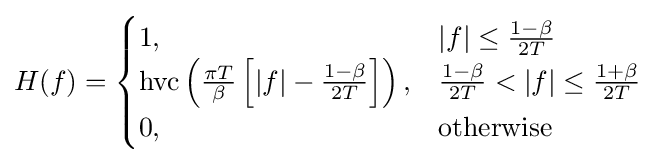
H(f)={\begin{cases}1,&|f|\leq {\frac {1-\beta }{2T}}\\\operatorname {hvc} \left({\frac {\pi T}{\beta }}\left[|f|-{\frac {1-\beta }{2T}}\right]\right),&{\frac {1-\beta }{2T}}<|f|\leq {\frac {1+\beta }{2T}}\\0,&{\text{otherwise}}\end{cases}}